Epidemic dropsy in Calcutta - Number 45
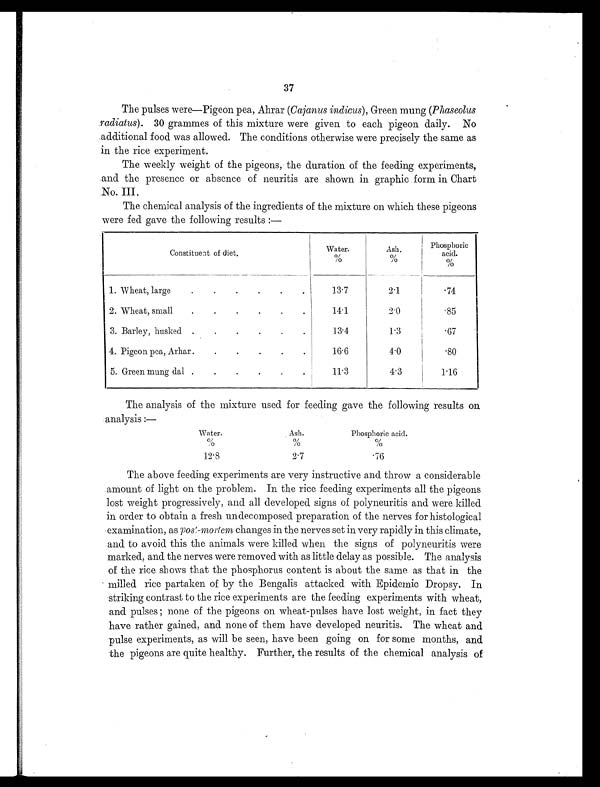
37
The pulses were—Pigeon pea, Ahrar ( Cajanus indicus), Green mung (Phaseolus
radiatus). 30 grammes of this mixture were given to each pigeon daily. No
additional food was allowed. The conditions otherwise were precisely the same as
in the rice experiment.
The weekly weight of the pigeons, the duration of the feeding experiments,
and the presence or absence of neuritis are shown in graphic form in Chart
No. III.
The chemical analysis of the ingredients of the mixture on which these pigeons
were fed gave the following results:—
Constituent of diet.
Water. %
Ash.
%
Phosphoric
acid.
%
1. Wheat, large
.
.
.
.
.
.
13.7
2.1
.74
2. Wheat, small
.
.
.
.
.
.
14.1
2.0
.85
3. Barley, husked .
.
.
.
.
.
13.4
1.3
.67
4. Pigeon pea, Arhar .
.
.
.
.
.
16.6
4.0
.80
5. Green mung dal .
.
.
.
.
.
11.3
4.3
1.16
The analysis of the mixture used for feeding gave the following results on
analysis:—
Water.
%
Ash.
%
Phosphoric acid.
%
12.8
2.7
. 7 6
The above feeding experiments are very instructive and throw a considerable
amount of light on the problem. In the rice feeding experiments all the pigeons
lost weight progressively, and all developed signs of polyneuritis and were killed
in order to obtain a fresh undecomposed preparation of the nerves for histological
examination, as post-mortem changes in the nerves set in very rapidly in this climate,
and to avoid this the animals were killed when the signs of polyneuritis were
marked, and the nerves were removed with as little delay as possible. The analysis
of the rice shows that the phosphorus content is about the same as that in the
milled rice partaken of by the Bengalis attacked with Epidemic Dropsy. In
striking contrast to the rice experiments are the feeding experiments with wheat,
and pulses ; none of the pigeons on wheat-pulses have lost weight, in fact they
have rather gained, and none of them have developed neuritis. The wheat and
pulse experiments, as will be seen, have been going on for some months, and
the pigeons are quite healthy. Further, the results of the chemical analysis of